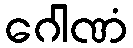
ဂေါဏံ